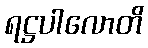
ရဋ္ဌပါလောတိ